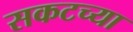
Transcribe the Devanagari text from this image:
सकटच्या